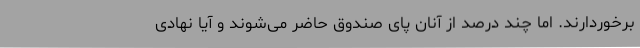
برخوردارند. اما چند درصد از آنان پای صندوق حاضر می‌شوند و آیا نهادی